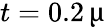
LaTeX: t=0.2\, \upmu